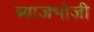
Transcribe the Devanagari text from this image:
ब्याजभोजी